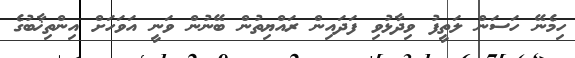
ހިމެނޭ ހަސަން ލަތީފު ވިދާޅުވި ފަދައިން ރައްޔިތުން ބޭނުން ވަނީ އަވަހަށް އިންތިޚާބުގެ